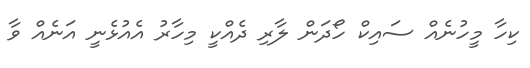
ކިހާ މީހުނެއް ސައިކް ހޯދަން ލާރި ދެއްކީ މިހާރު އެއުޅެނީ އަނެއް ވާ